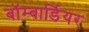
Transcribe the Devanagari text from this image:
बॉम्बार्डियर